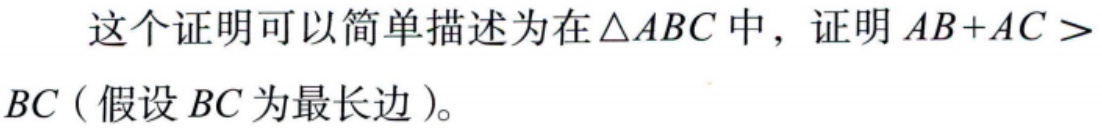
这个证明可以简单描述为在\(\triangle ABC\)中，证明\(AB + AC > BC\)（假设\(BC\)为最长边）。